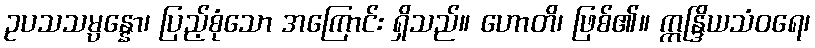
ဥပသသမ္ပန္နော၊ ပြည့်စုံသော အကြောင်း ရှိသည်။ ဟောတိ၊ ဖြစ်၏။ ဣန္ဒြိယသံဝရေ၊